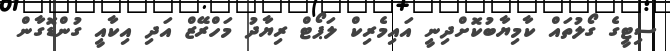
ސިޓީގެ ގޯލުތައް ކާމިޔާބުކޮށްދިނީ އައިމެރިކް ލަޕޯޓް ރިޔާދު މަހްރޭޒް އަދި އިކާއީ ގުންޑޮގާން